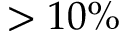
> 1 0 \%